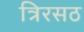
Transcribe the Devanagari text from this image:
त्रिरसठ